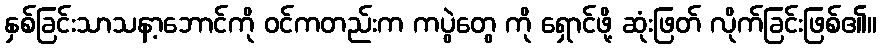
နှစ်ခြင်းသာသနာ့ဘောင်ကို ဝင်ကတည်းက ကပွဲတွေ ကို ရှောင်ဖို့ ဆုံးဖြတ် လိုက်ခြင်းဖြစ်၏။